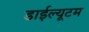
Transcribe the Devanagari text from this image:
डाईल्यूटम